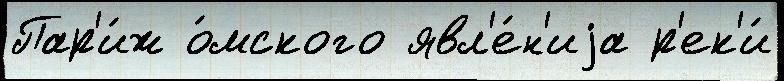
Пар'и́ж о́мского явл'е́н'иjа р'ек'и́